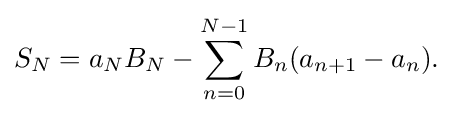
{\textstyle \displaystyle S_{N}=a_{N}B_{N}-\sum _{n=0}^{N-1}B_{n}(a_{n+1}-a_{n}).}